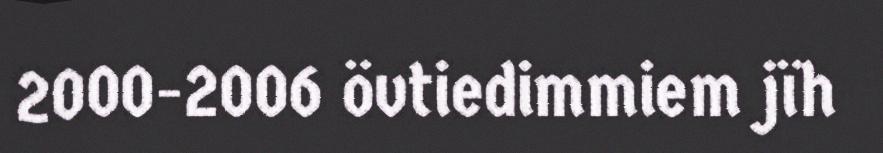
2000-2006 övtiedimmiem jïh